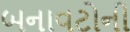
બનાવટોની